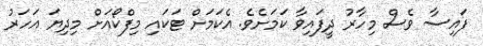
ފައިސާ ވެސް މިހާރު ދީފައިވާ ކަމަށެވެ. އެކަމަށް ޓަކައި މިފްކޯއަށް މިދިޔަ އަހަރު